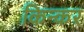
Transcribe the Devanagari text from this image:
किन्कर